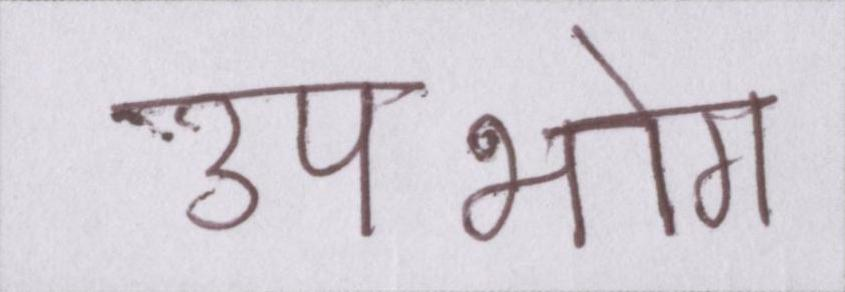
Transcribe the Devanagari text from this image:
उपभोग